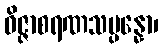
ဝိဇ္ဇာစရဏသမ္ပန္နော၊